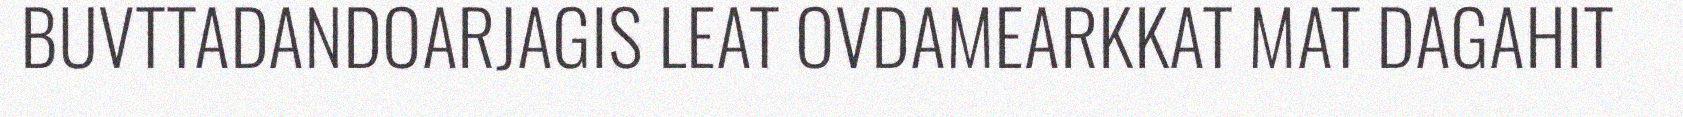
BUVTTADANDOARJAGIS LEAT OVDAMEARKKAT MAT DAGAHIT